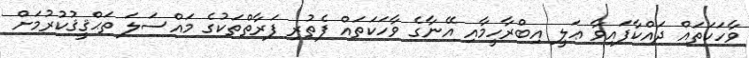
ވާހަކަތައް ދައްކާފައިވާ ޢަލީ އިބްރާހީމާއި އޭނާގެ ވާހަކަތައް ފެތުރި ފަރާތްތަކުގެ މައްސަލަ ތަޙްޤީޤުކުރުމަށް